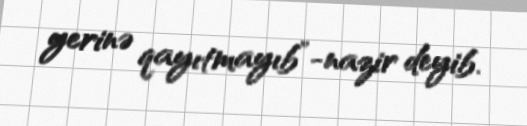
yerinə qayıtmayıb”-nazir deyib.